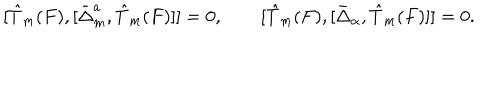
[ \hat { T } _ { m } ( F ) , [ \bar { \Delta } _ { m } ^ { a } , \hat { T } _ { m } ( F ) ] ] = 0 , \qquad [ \hat { T } _ { m } ( F ) , [ \bar { \Delta } _ { \alpha } , \hat { T } _ { m } ( F ) ] ] = 0 .